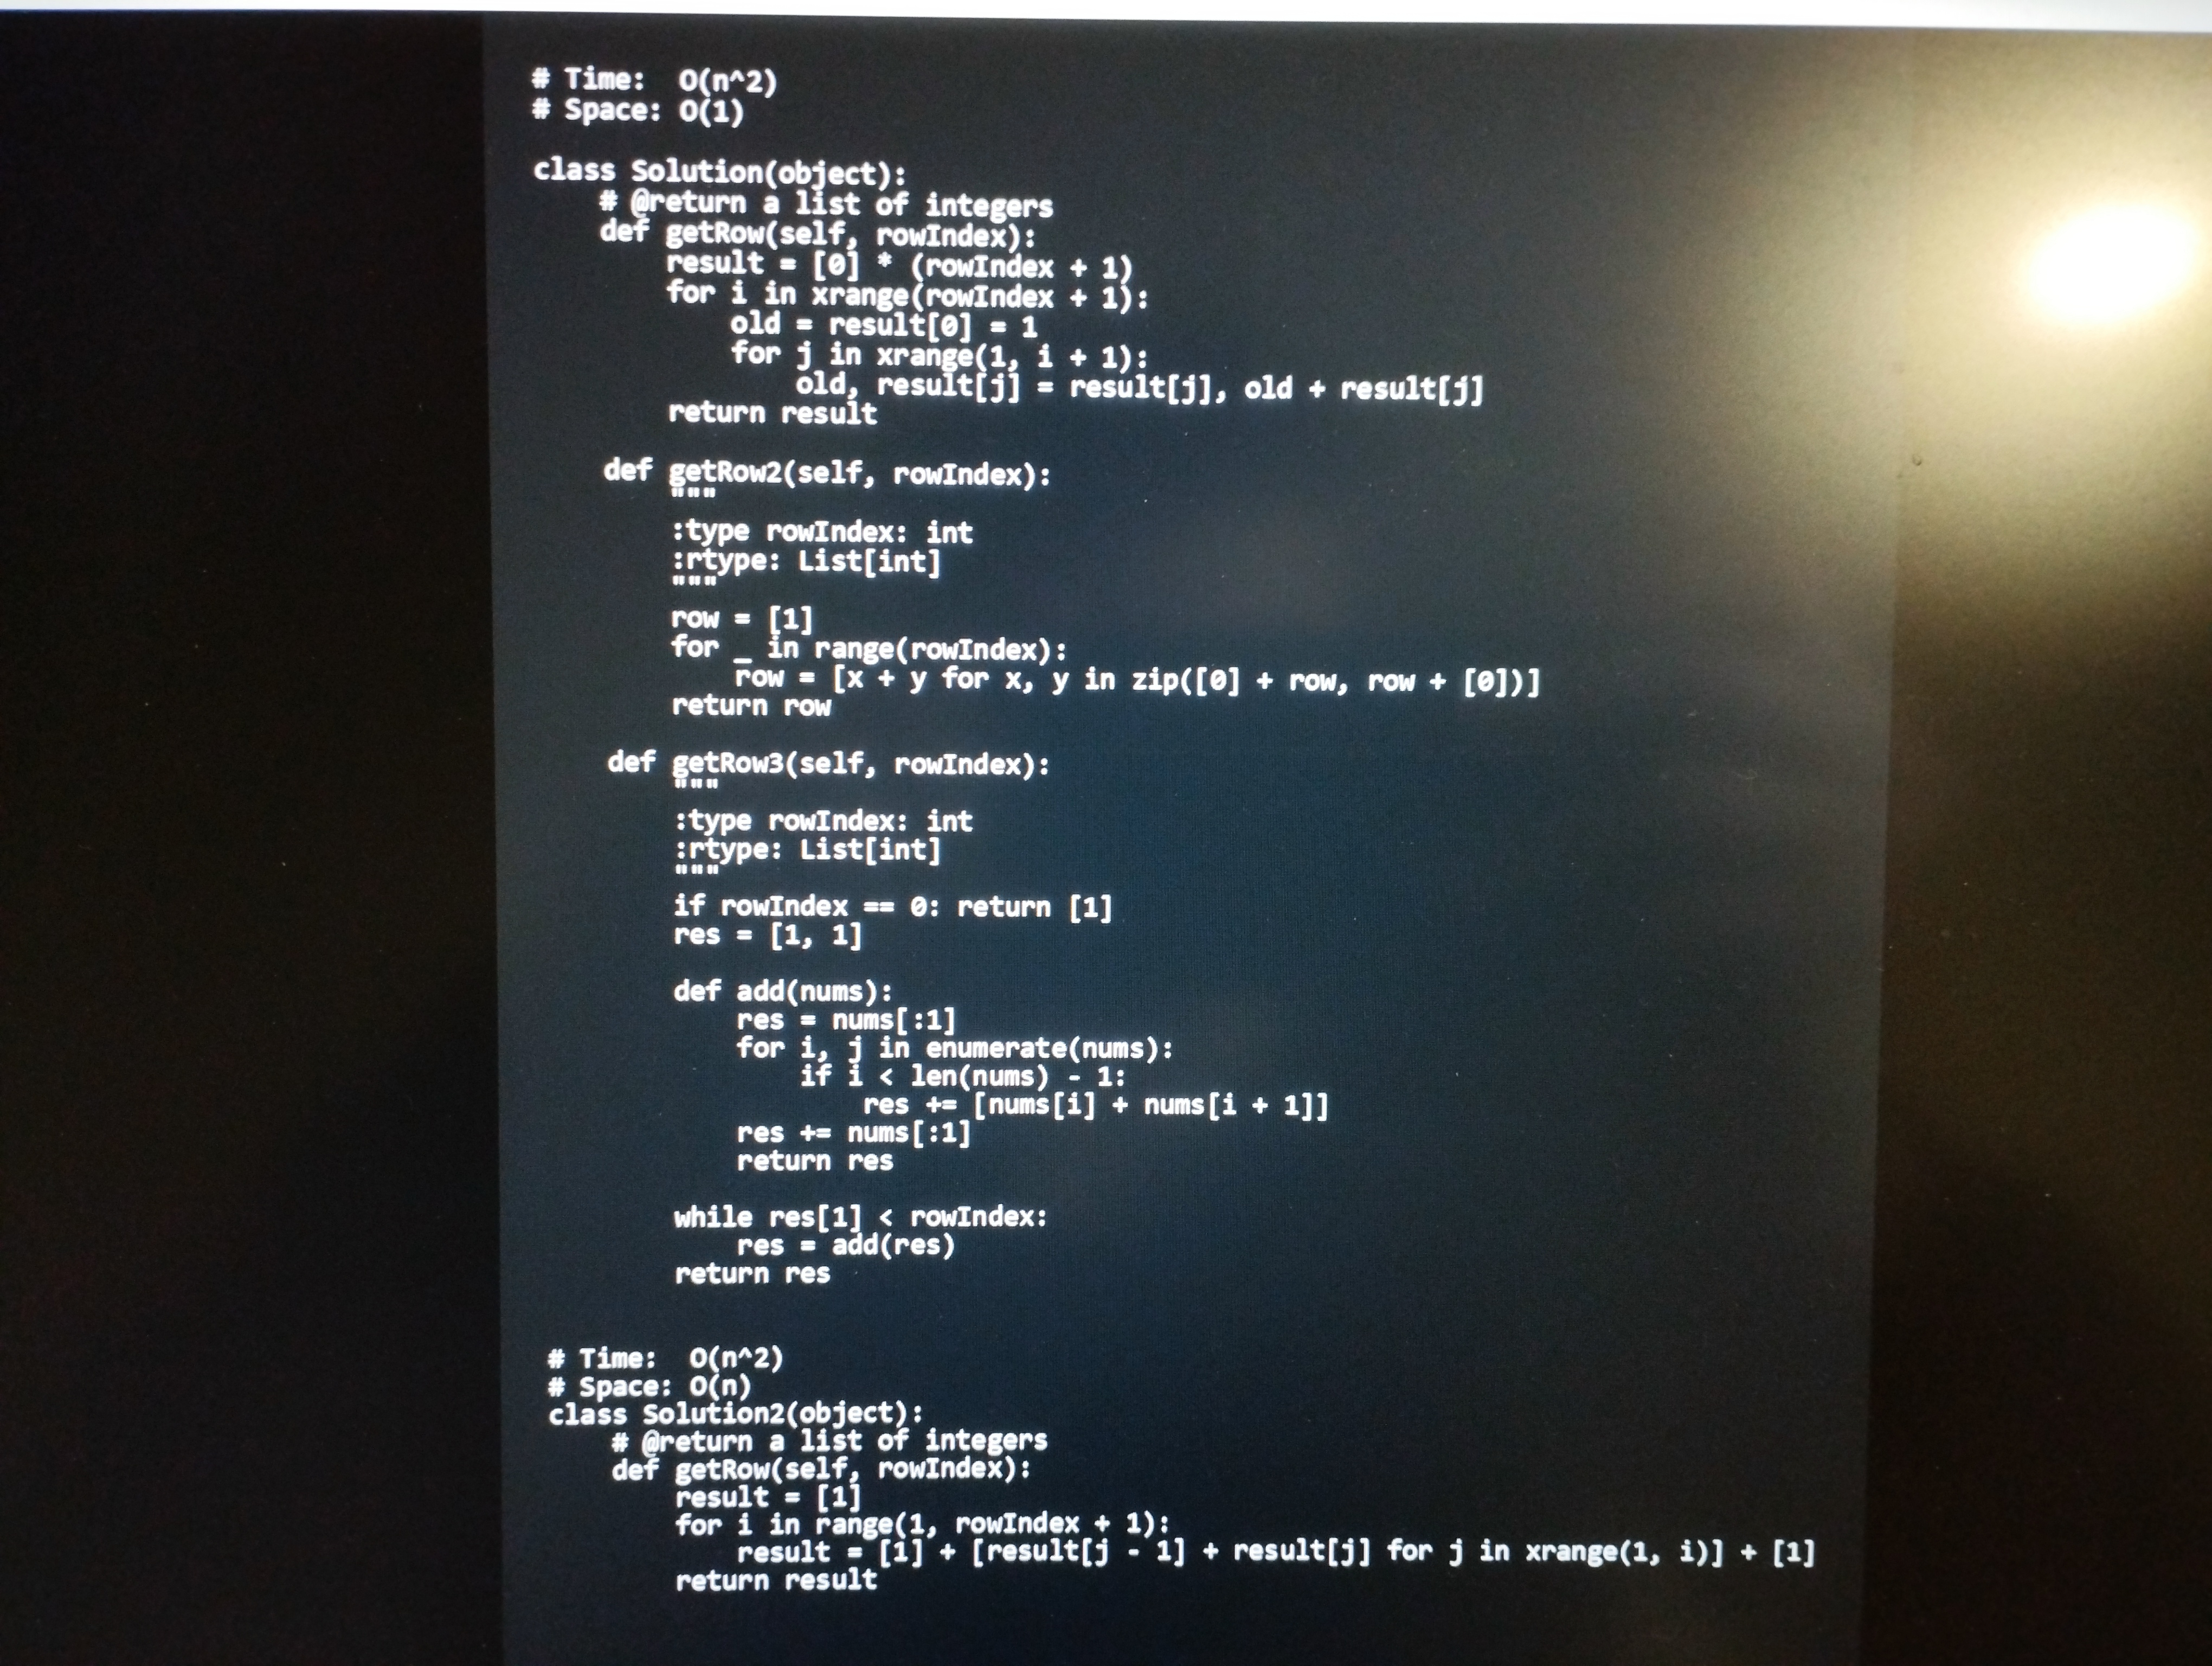
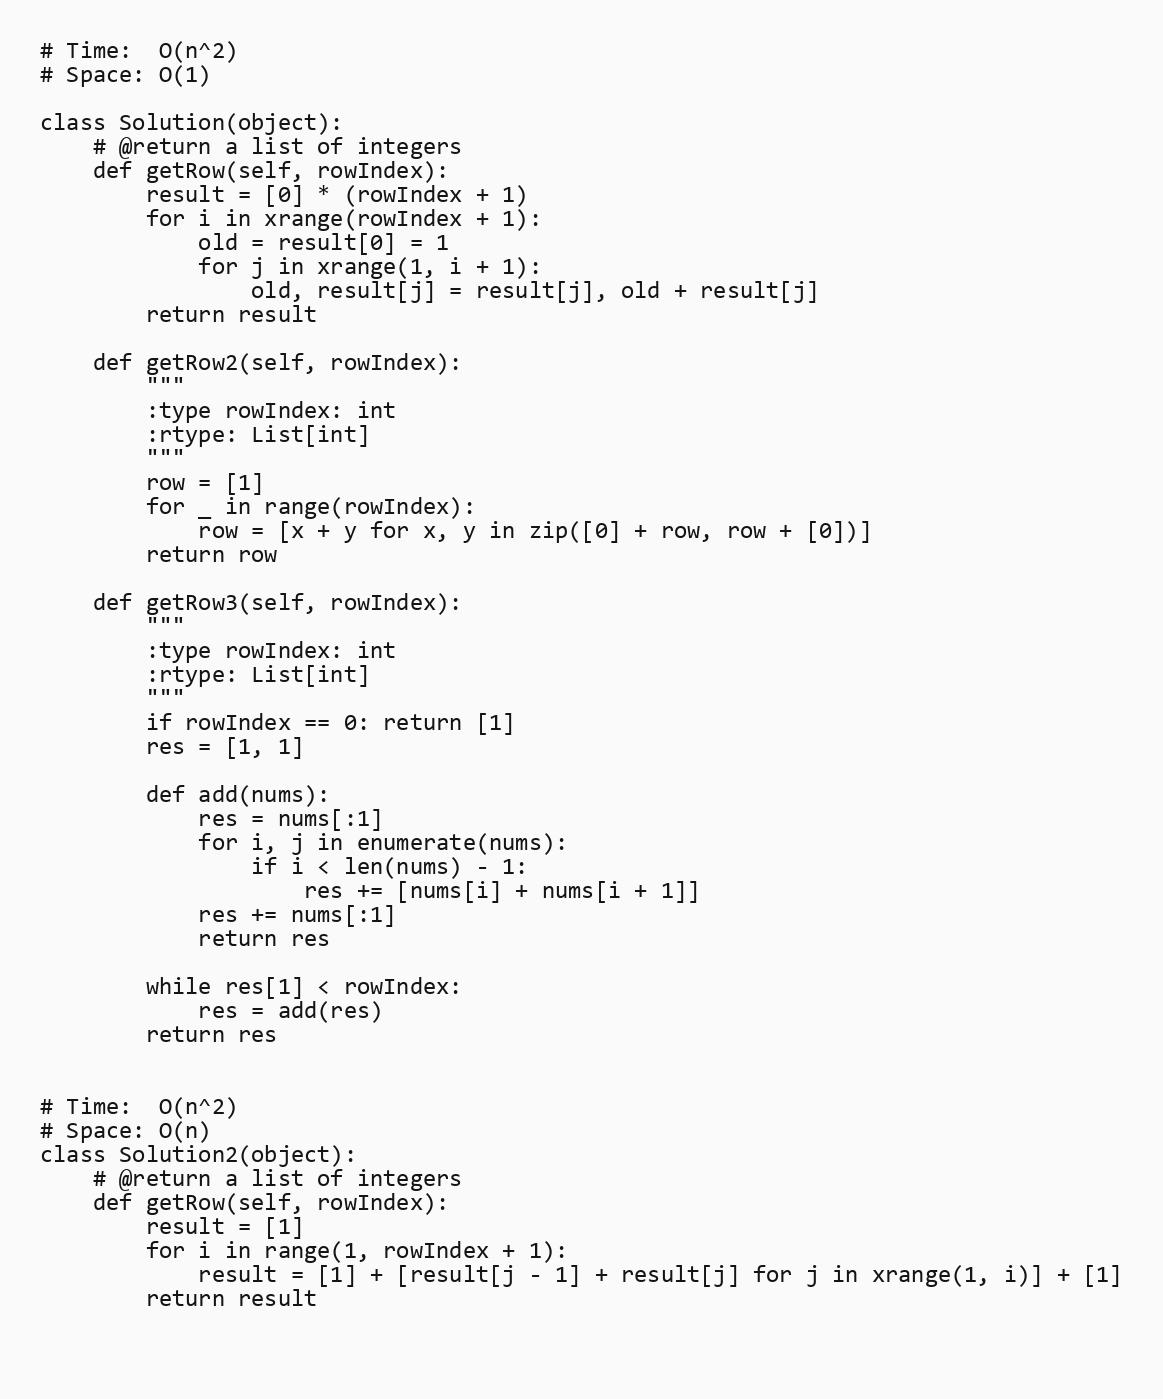
# Time:  O(n^2)
# Space: O(1)

class Solution(object):
    # @return a list of integers
    def getRow(self, rowIndex):
        result = [0] * (rowIndex + 1)
        for i in xrange(rowIndex + 1):
            old = result[0] = 1
            for j in xrange(1, i + 1):
                old, result[j] = result[j], old + result[j]
        return result

    def getRow2(self, rowIndex):
        """
        :type rowIndex: int
        :rtype: List[int]
        """
        row = [1]
        for _ in range(rowIndex):
            row = [x + y for x, y in zip([0] + row, row + [0])]
        return row

    def getRow3(self, rowIndex):
        """
        :type rowIndex: int
        :rtype: List[int]
        """
        if rowIndex == 0: return [1]
        res = [1, 1]

        def add(nums):
            res = nums[:1]
            for i, j in enumerate(nums):
                if i < len(nums) - 1:
                    res += [nums[i] + nums[i + 1]]
            res += nums[:1]
            return res

        while res[1] < rowIndex:
            res = add(res)
        return res

# Time:  O(n^2)
# Space: O(n)
class Solution2(object):
    # @return a list of integers
    def getRow(self, rowIndex):
        result = [1]
        for i in range(1, rowIndex + 1):
            result = [1] + [result[j - 1] + result[j] for j in xrange(1, i)] + [1]
        return result